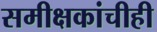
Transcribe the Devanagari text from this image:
समीक्षकांचीही